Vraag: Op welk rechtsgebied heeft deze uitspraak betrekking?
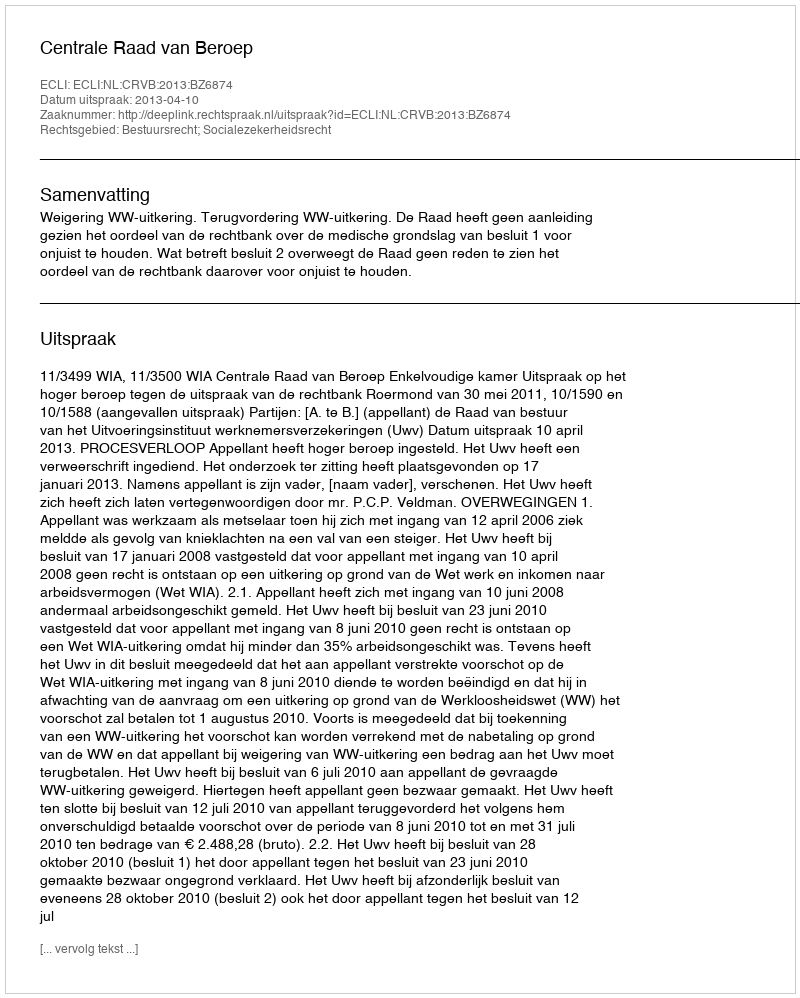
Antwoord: Bestuursrecht; Socialezekerheidsrecht